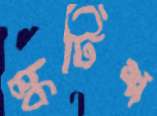
স্কটিশ